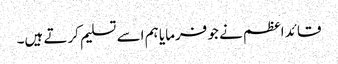
قائد اعظم نے جو فرمایا ہم اسے تسلیم کرتے ہیں۔